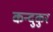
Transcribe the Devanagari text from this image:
कन्दुकुर